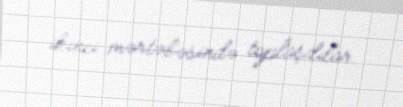
ikinci mərtəbəsində toplaşdılar.